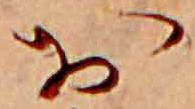
お